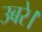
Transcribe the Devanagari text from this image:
उबरे।